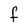
Character: f